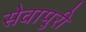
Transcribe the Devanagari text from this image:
सेवापुरी